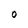
Character: O